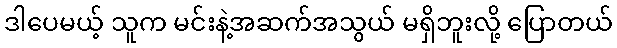
ဒါပေမယ့် သူက မင်းနဲ့အဆက်အသွယ် မရှိဘူးလို့ ပြောတယ်